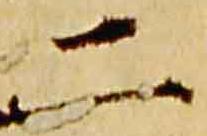
二